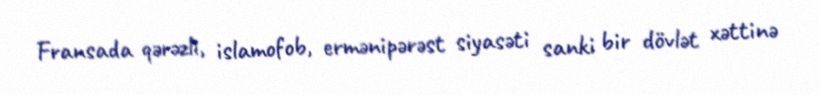
Fransada qərəzli, islamofob, ermənipərəst siyasəti sanki bir dövlət xəttinə